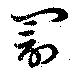
罰